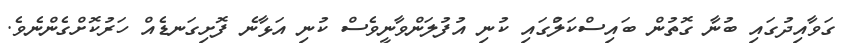
ގަވާއިދުގައި ބުނާ ގޮތުން ބައިސްކަލްުގައި ކުނި އުފުލަންވާނީވެސް ކުނި އަޅާނެ ފޮށިގަނޑެއް ހަރުކޮށްގެންނެވެ.